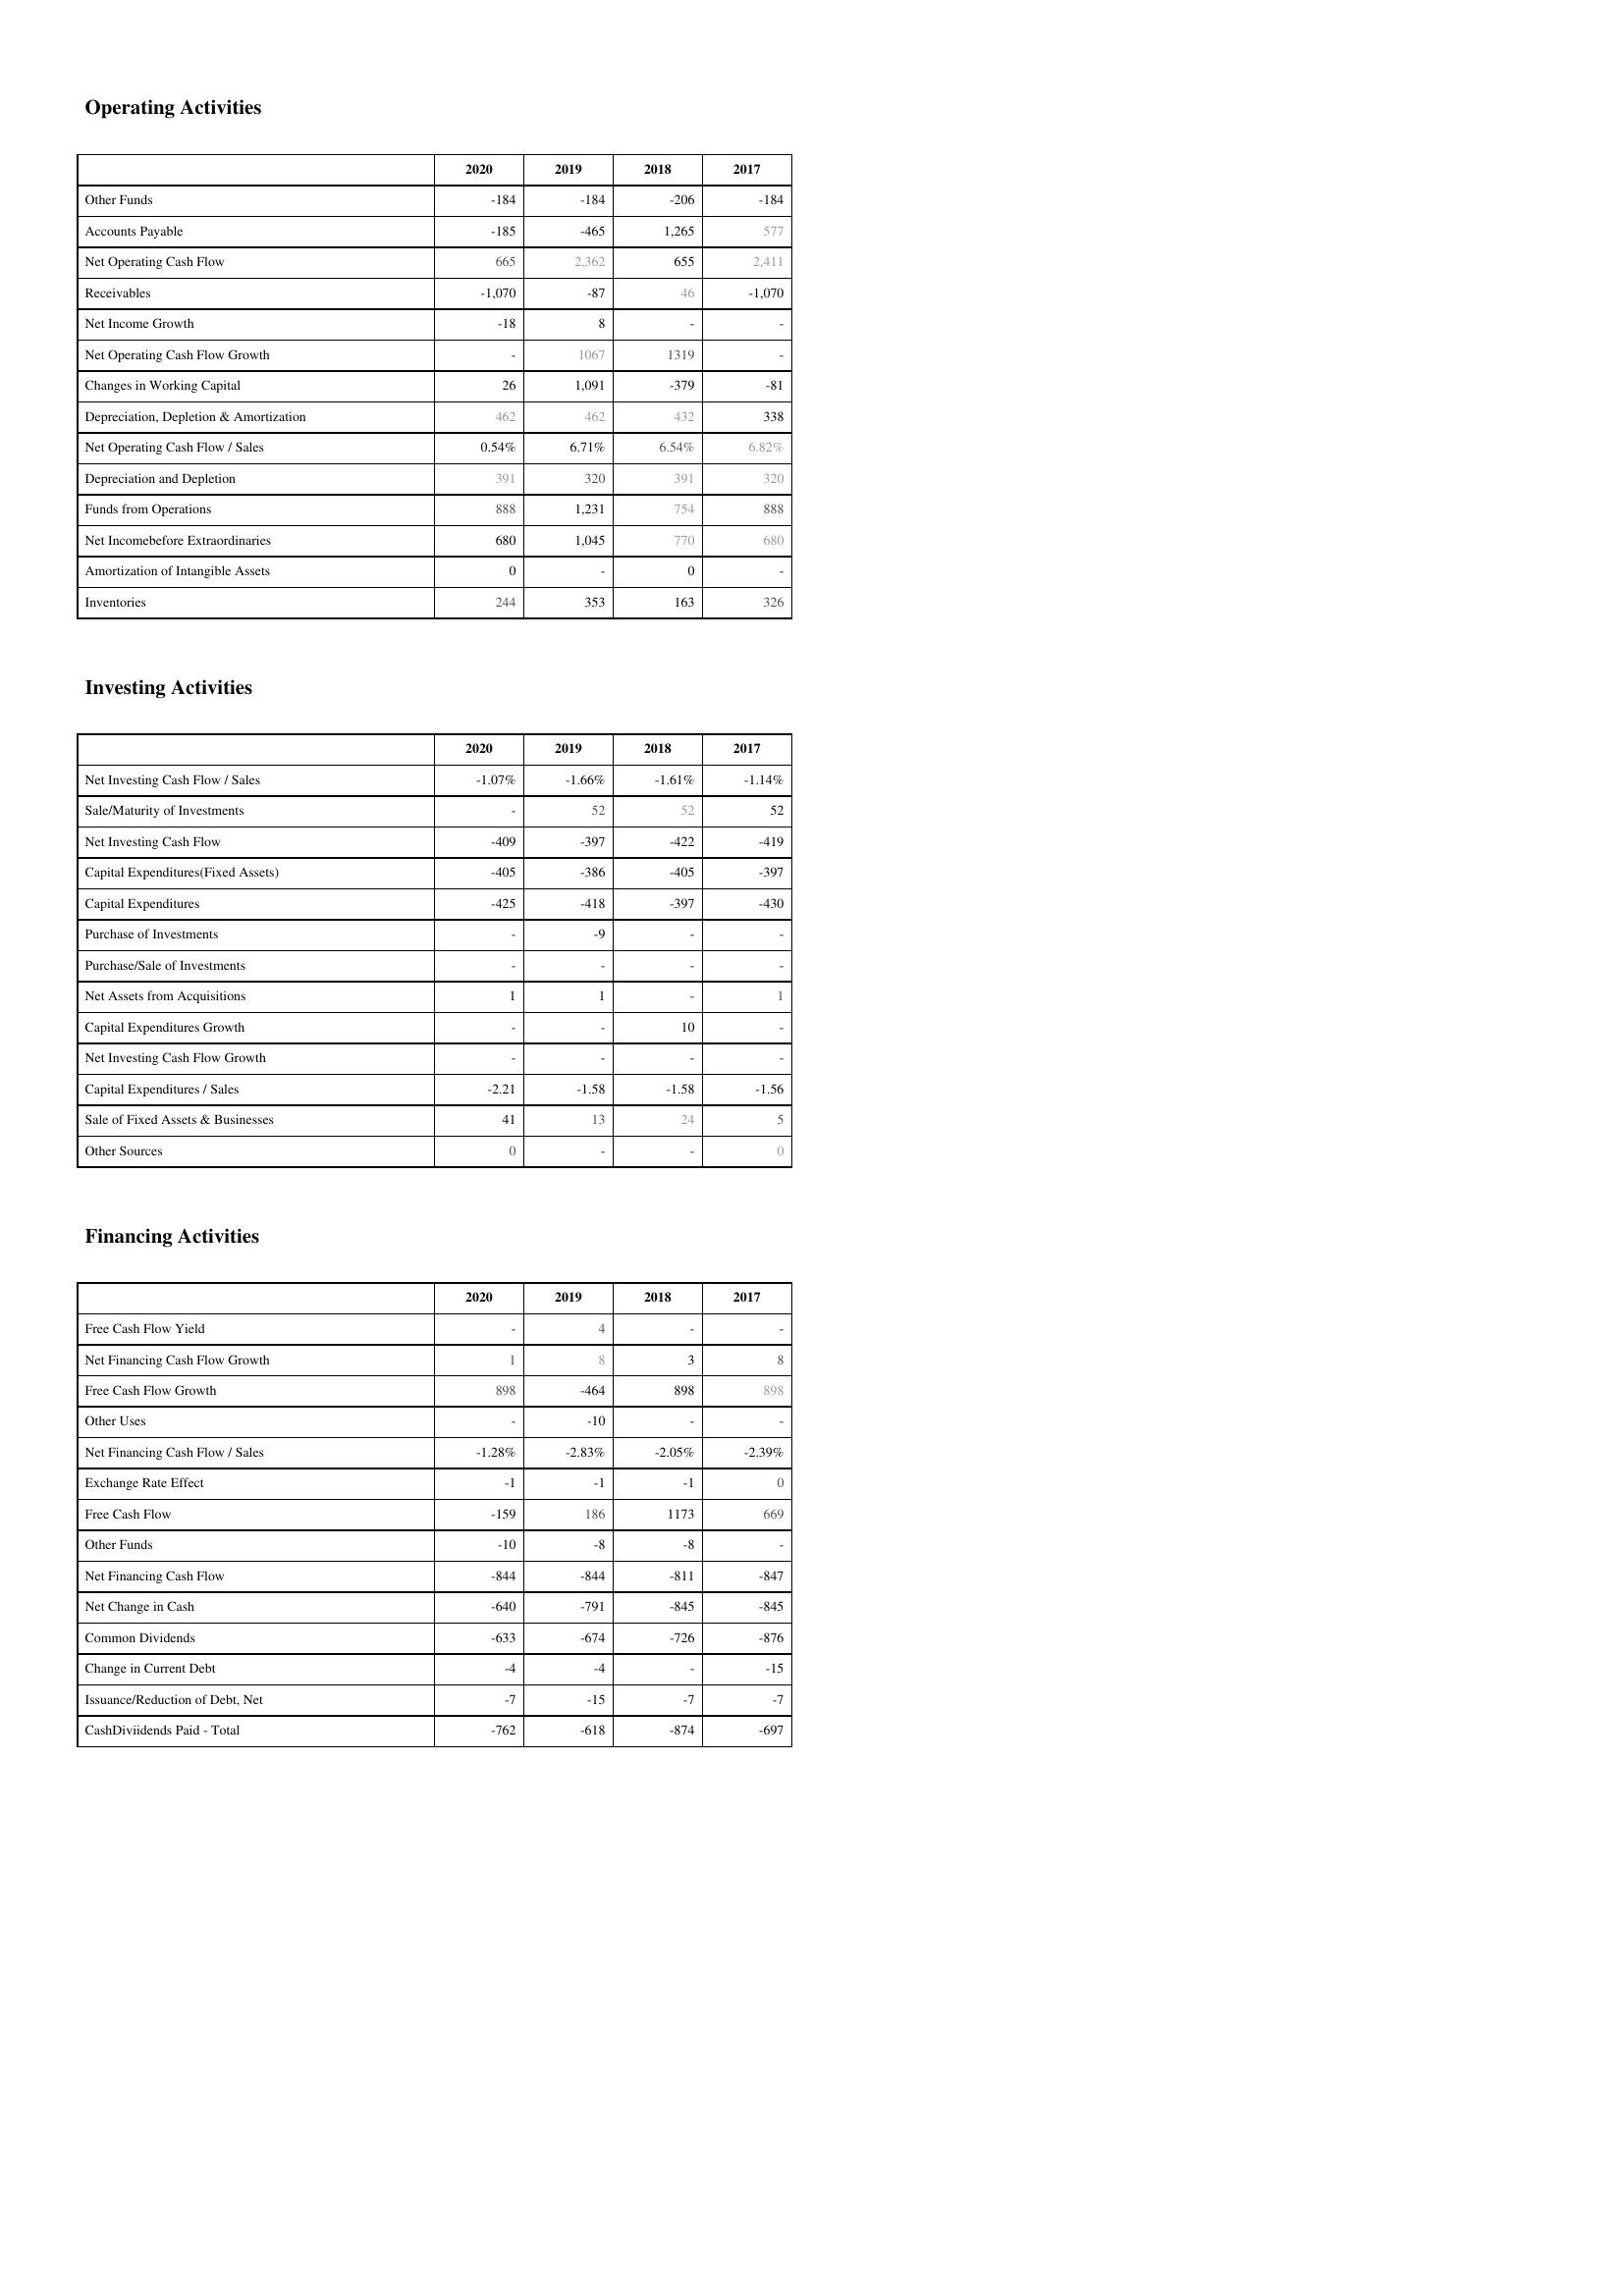
2020: Operating Activities: Other Funds: -184
Accounts Payable: -185
Net Operating Cash Flow: 665
Receivables: -1,070
Net Income Growth: -18
Net Operating Cash Flow Growth: -
Changes in Working Capital: 26
Depreciation, Depletion & Amortization: 462
Net Operating Cash Flow / Sales: 0.54%
Depreciation and Depletion: 391
Funds from Operations: 888
Net Incomebefore Extraordinaries: 680
Amortization of Intangible Assets: 0
Inventories: 244
Investing Activities: Net Investing Cash Flow / Sales: -1.07%
Sale/Maturity of Investments: -
Net Investing Cash Flow: -409
Capital Expenditures(Fixed Assets): -405
Capital Expenditures: -425
Purchase of Investments: -
Purchase/Sale of Investments: -
Net Assets from Acquisitions: 1
Capital Expenditures Growth: -
Net Investing Cash Flow Growth: -
Capital Expenditures / Sales: -2.21
Sale of Fixed Assets & Businesses: 41
Other Sources: 0
Financing Activities: Free Cash Flow Yield: -
Net Financing Cash Flow Growth: 1
Free Cash Flow Growth: 898
Other Uses: -
Net Financing Cash Flow / Sales: -1.28%
Exchange Rate Effect: -1
Free Cash Flow: -159
Other Funds: -10
Net Financing Cash Flow: -844
Net Change in Cash: -640
Common Dividends: -633
Change in Current Debt: -4
Issuance/Reduction of Debt, Net: -7
CashDiviidends Paid - Total: -762
2019: Operating Activities: Other Funds: -184
Accounts Payable: -465
Net Operating Cash Flow: 2,362
Receivables: -87
Net Income Growth: 8
Net Operating Cash Flow Growth: 1067
Changes in Working Capital: 1,091
Depreciation, Depletion & Amortization: 462
Net Operating Cash Flow / Sales: 6.71%
Depreciation and Depletion: 320
Funds from Operations: 1,231
Net Incomebefore Extraordinaries: 1,045
Amortization of Intangible Assets: -
Inventories: 353
Investing Activities: Net Investing Cash Flow / Sales: -1.66%
Sale/Maturity of Investments: 52
Net Investing Cash Flow: -397
Capital Expenditures(Fixed Assets): -386
Capital Expenditures: -418
Purchase of Investments: -9
Purchase/Sale of Investments: -
Net Assets from Acquisitions: 1
Capital Expenditures Growth: -
Net Investing Cash Flow Growth: -
Capital Expenditures / Sales: -1.58
Sale of Fixed Assets & Businesses: 13
Other Sources: -
Financing Activities: Free Cash Flow Yield: 4
Net Financing Cash Flow Growth: 8
Free Cash Flow Growth: -464
Other Uses: -10
Net Financing Cash Flow / Sales: -2.83%
Exchange Rate Effect: -1
Free Cash Flow: 186
Other Funds: -8
Net Financing Cash Flow: -844
Net Change in Cash: -791
Common Dividends: -674
Change in Current Debt: -4
Issuance/Reduction of Debt, Net: -15
CashDiviidends Paid - Total: -618
2018: Operating Activities: Other Funds: -206
Accounts Payable: 1,265
Net Operating Cash Flow: 655
Receivables: 46
Net Income Growth: -
Net Operating Cash Flow Growth: 1319
Changes in Working Capital: -379
Depreciation, Depletion & Amortization: 432
Net Operating Cash Flow / Sales: 6.54%
Depreciation and Depletion: 391
Funds from Operations: 754
Net Incomebefore Extraordinaries: 770
Amortization of Intangible Assets: 0
Inventories: 163
Investing Activities: Net Investing Cash Flow / Sales: -1.61%
Sale/Maturity of Investments: 52
Net Investing Cash Flow: -422
Capital Expenditures(Fixed Assets): -405
Capital Expenditures: -397
Purchase of Investments: -
Purchase/Sale of Investments: -
Net Assets from Acquisitions: -
Capital Expenditures Growth: 10
Net Investing Cash Flow Growth: -
Capital Expenditures / Sales: -1.58
Sale of Fixed Assets & Businesses: 24
Other Sources: -
Financing Activities: Free Cash Flow Yield: -
Net Financing Cash Flow Growth: 3
Free Cash Flow Growth: 898
Other Uses: -
Net Financing Cash Flow / Sales: -2.05%
Exchange Rate Effect: -1
Free Cash Flow: 1173
Other Funds: -8
Net Financing Cash Flow: -811
Net Change in Cash: -845
Common Dividends: -726
Change in Current Debt: -
Issuance/Reduction of Debt, Net: -7
CashDiviidends Paid - Total: -874
2017: Operating Activities: Other Funds: -184
Accounts Payable: 577
Net Operating Cash Flow: 2,411
Receivables: -1,070
Net Income Growth: -
Net Operating Cash Flow Growth: -
Changes in Working Capital: -81
Depreciation, Depletion & Amortization: 338
Net Operating Cash Flow / Sales: 6.82%
Depreciation and Depletion: 320
Funds from Operations: 888
Net Incomebefore Extraordinaries: 680
Amortization of Intangible Assets: -
Inventories: 326
Investing Activities: Net Investing Cash Flow / Sales: -1.14%
Sale/Maturity of Investments: 52
Net Investing Cash Flow: -419
Capital Expenditures(Fixed Assets): -397
Capital Expenditures: -430
Purchase of Investments: -
Purchase/Sale of Investments: -
Net Assets from Acquisitions: 1
Capital Expenditures Growth: -
Net Investing Cash Flow Growth: -
Capital Expenditures / Sales: -1.56
Sale of Fixed Assets & Businesses: 5
Other Sources: 0
Financing Activities: Free Cash Flow Yield: -
Net Financing Cash Flow Growth: 8
Free Cash Flow Growth: 898
Other Uses: -
Net Financing Cash Flow / Sales: -2.39%
Exchange Rate Effect: 0
Free Cash Flow: 669
Other Funds: -
Net Financing Cash Flow: -847
Net Change in Cash: -845
Common Dividends: -876
Change in Current Debt: -15
Issuance/Reduction of Debt, Net: -7
CashDiviidends Paid - Total: -697